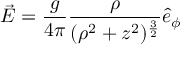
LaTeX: \vec { E } = \frac { g } { 4 \pi } \frac { \rho } { ( \rho ^ { 2 } + z ^ { 2 } ) ^ { \frac { 3 } { 2 } } } \hat { e } _ { \phi }